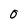
Character: O